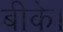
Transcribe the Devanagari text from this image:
बीके।